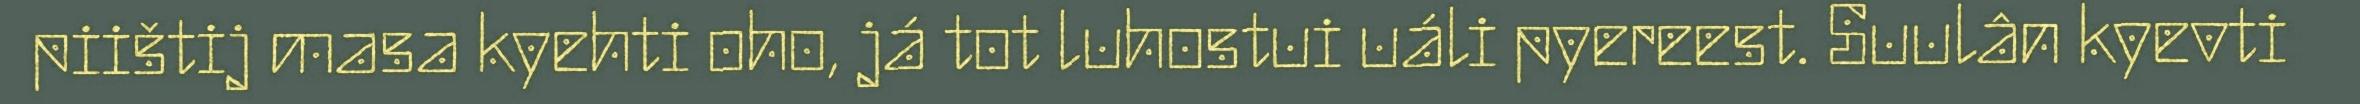
piištij masa kyehti oho, já tot luhostui uáli pyereest. Suulân kyevti